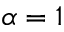
\alpha = 1